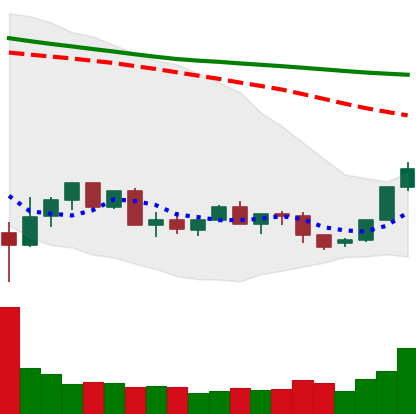
Ticker: XLM-USD
Chart end date: 2022-05-31
Forward return: -4.323%
Label: down_3_5